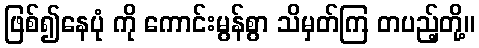
ဖြစ်၍နေပုံ ကို ကောင်းမွန်စွာ သိမှတ်ကြ တပည့်တို့။